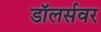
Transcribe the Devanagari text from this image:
डॉलर्सवर